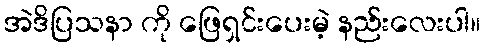
အဲဒိပြသနာ ကို ဖြေရှင်းပေးမဲ့ နည်းလေးပါ။